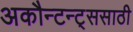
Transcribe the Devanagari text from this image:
अकौन्टन्ट्‌ससाठी